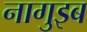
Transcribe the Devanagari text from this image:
नागुइब